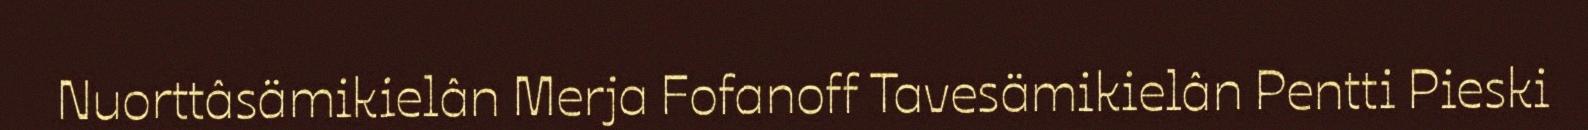
Nuorttâsämikielân Merja Fofanoff Tavesämikielân Pentti Pieski